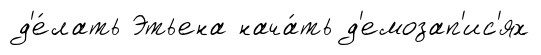
д'е́лать Этьена нача́ть д'емозап'ис'ях